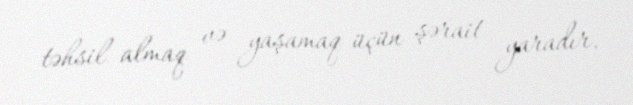
təhsil almaq və yaşamaq üçün şərait yaradır.